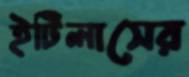
ইটিলাসের